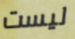
ليست